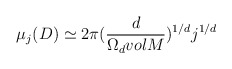
\begin{align*}{\mu}_j(D)\simeq2{\pi}(\frac{d}{{\Omega}_d volM})^{1/d}j^{1/d}\end{align*}